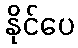
နိုင်ပေ